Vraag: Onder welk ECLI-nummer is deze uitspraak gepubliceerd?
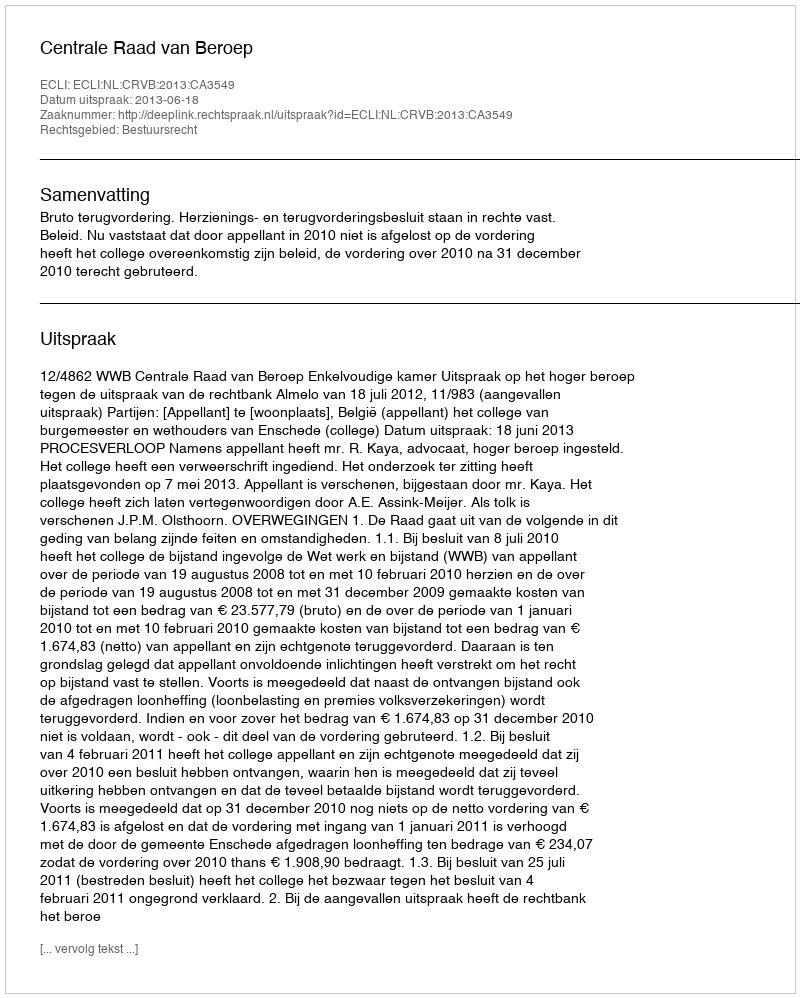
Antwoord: ECLI:NL:CRVB:2013:CA3549